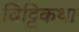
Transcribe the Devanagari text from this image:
विट्टिकथा